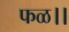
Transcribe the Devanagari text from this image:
फळ।।